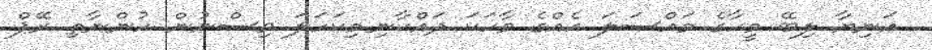
އަނިޔާ ލިބޭ މީހާގެ މައްސަލަ އެއްގެ ވާހަކަ ދައްކާނި.މިކަހަލަ ވިސްނުން ހުންނާތި ރޭޕް